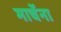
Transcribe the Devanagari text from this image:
मार्चेना